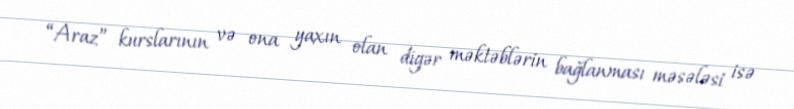
“Araz” kurslarının və ona yaxın olan digər məktəblərin bağlanması məsələsi isə